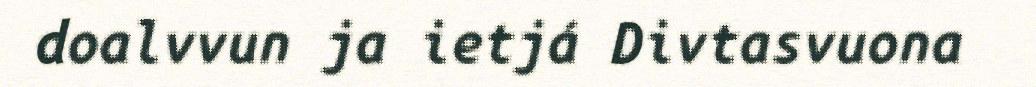
doalvvun ja ietjá Divtasvuona